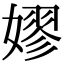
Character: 嫪